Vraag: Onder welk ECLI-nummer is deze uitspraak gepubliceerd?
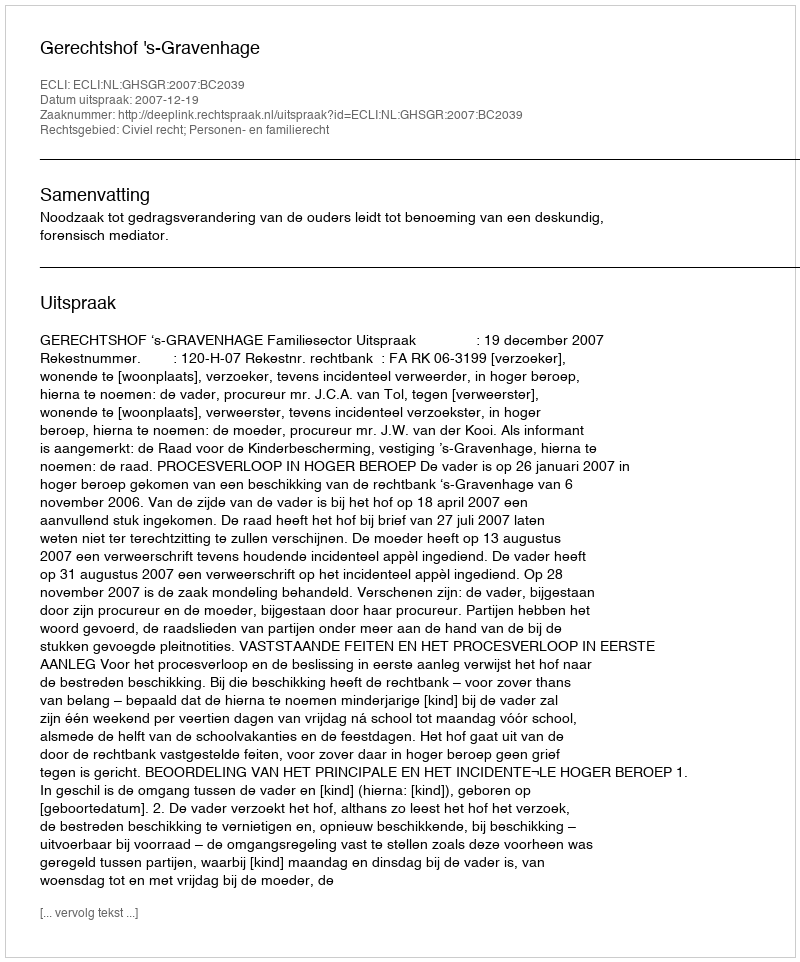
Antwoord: ECLI:NL:GHSGR:2007:BC2039